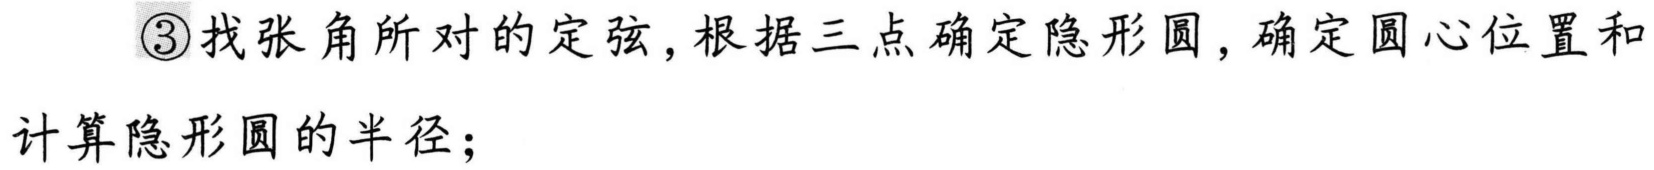
\textcircled{3}找张角所对的定弦,根据三点确定隐形圆，确定圆心位置和
计算隐形圆的半径；